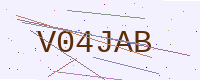
Text: V04JAB